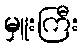
မှူးကြီး